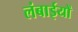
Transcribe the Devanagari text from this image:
लंबाईयों